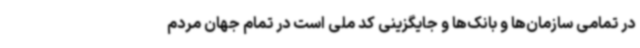
در تمامی سازمان‌ها و بانک‌ها و جایگزینی کد ملی است در تمام جهان مردم